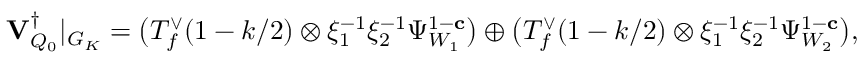
{ \mathbf { V } _ { Q _ { 0 } } ^ { \dagger } } \vert _ { G _ { K } } = \bigl ( T _ { f } ^ { \vee } ( 1 - k / 2 ) \otimes \xi _ { 1 } ^ { - 1 } \xi _ { 2 } ^ { - 1 } \Psi _ { W _ { 1 } } ^ { 1 - \mathbf { c } } \bigr ) \oplus \bigl ( T _ { f } ^ { \vee } ( 1 - k / 2 ) \otimes \xi _ { 1 } ^ { - 1 } \xi _ { 2 } ^ { - 1 } \Psi _ { W _ { 2 } } ^ { 1 - \mathbf { c } } \bigr ) ,